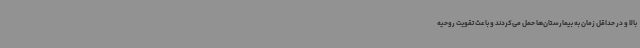
بالا و در حداقل زمان به بیمارستان‌ها حمل می‌کردند و باعث تقویت روحیه